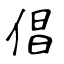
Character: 倡